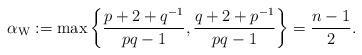
LaTeX: \begin{align*}\alpha_{\mathrm{W}}:=\max\left\{\frac{p+2+q^{-1}}{pq-1},\frac{q+2+p^{-1}}{pq-1}\right\}=\frac{n-1}{2}.\end{align*}